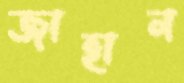
জাহান